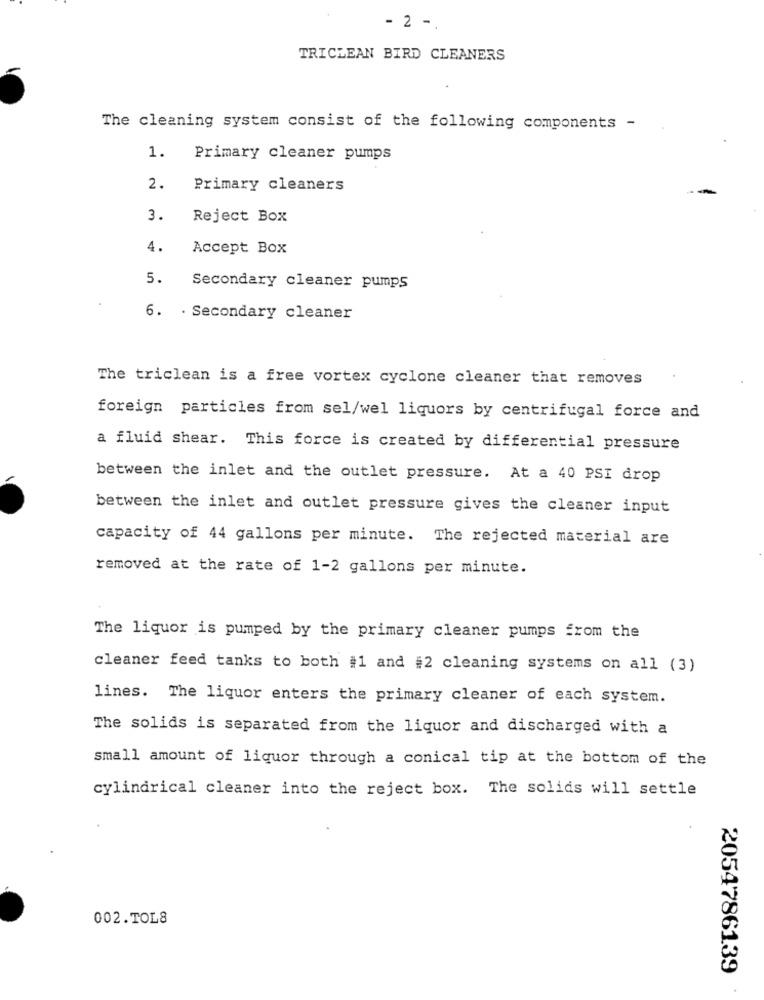
- 2 -.
TRICLEAN BIRD CLEANERS
The cleaning system consist of the following components -
1.
Primary cleaner pumps
2.
Primary cleaners
3.
Reject Box
4.
Accept Box
5.
Secondary cleaner pumps
6. . Secondary cleaner
The triclean is a free vortex cyclone cleaner that removes
foreign particles from sel/wel liquors by centrifugal force and
a fluid shear. This force is created by differential pressure
between the inlet and the outlet pressure. At a 40 PSI drop
between the inlet and outlet pressure gives the cleaner input
capacity of 44 gallons per minute. The rejected material are
removed at the rate of 1-2 gallons per minute.
The liquor is pumped by the primary cleaner pumps from the
cleaner feed tanks to both #1 and #2 cleaning systems on all (3)
lines. The liquor enters the primary cleaner of each system.
The solids is separated from the liquor and discharged with a
small amount of liquor through a conical tip at the bottom of the
cylindrical cleaner into the reject box. The solids will settle
002.TOL8
2054786139